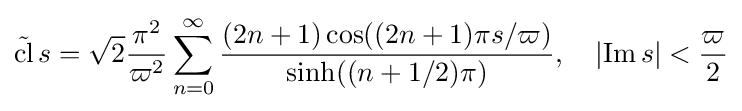
{\tilde {\operatorname {cl} }}\,s={\sqrt {2}}{\frac {\pi ^{2}}{\varpi ^{2}}}\sum _{n=0}^{\infty }{\frac {(2n+1)\cos((2n+1)\pi s/\varpi )}{\sinh((n+1/2)\pi )}},\quad \left|\operatorname {Im} s\right|<{\frac {\varpi }{2}}